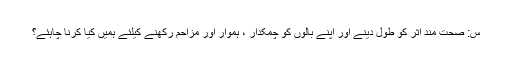
س: صحت مند اثر کو طول دینے اور اپنے بالوں کو چمکدار ، ہموار اور مزاحم رکھنے کیلئے ہمیں کیا کرنا چاہئے؟